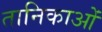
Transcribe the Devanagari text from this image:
तानिकाओं